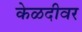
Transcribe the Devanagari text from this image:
केळदीवर